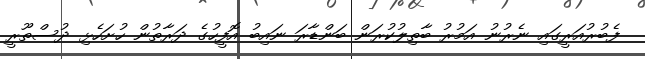
ފެބުރުއަރީގައި ނެރުނު އަމުރު ބާތިލުކުރަން ބަންޑާރަ ނައިބު އޮފީހުގެ ދަރާތުން ހުށަހެޅި ދުސްތޫރީ